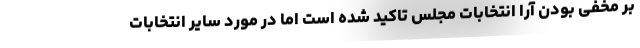
بر مخفی بودن آرا انتخابات مجلس تاکید شده است اما در مورد سایر انتخابات